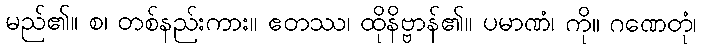
မည်၏။ စ၊ တစ်နည်းကား။ ဧတဿ၊ ထိုနိဗ္ဗာန်၏။ ပမာဏံ၊ ကို။ ဂဏေတုံ၊